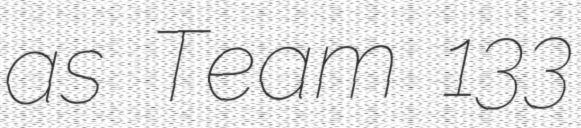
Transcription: as Team 133